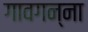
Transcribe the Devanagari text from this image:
गावगन्ना